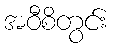
အဝီစိတွင်း